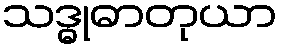
သဒ္ဓုဓာတုယာ